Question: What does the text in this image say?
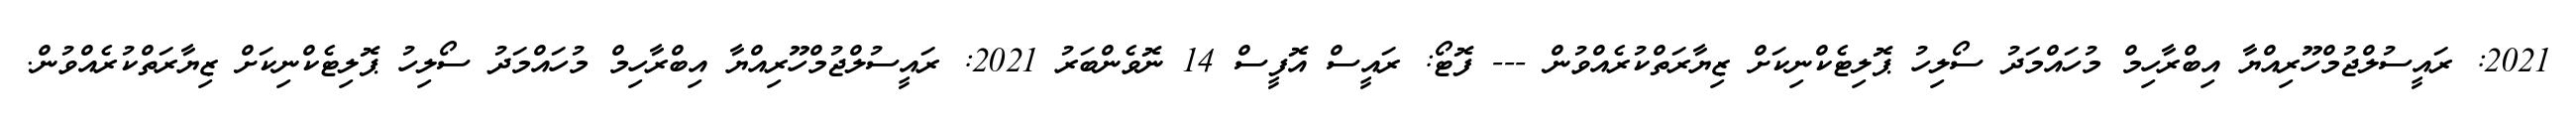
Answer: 2021: ރައީސުލްޖުމްހޫރިއްޔާ އިބްރާހިމް މުހައްމަދު ސޯލިހު ޕޮލިޓެކްނިކަށް ޒިޔާރަތްކުރެއްވުން --- ފޮޓޯ: ރައީސް އޮފީސް 14 ނޮވެންބަރު 2021: ރައީސުލްޖުމްހޫރިއްޔާ އިބްރާހިމް މުހައްމަދު ސޯލިހު ޕޮލިޓެކްނިކަށް ޒިޔާރަތްކުރެއްވުން.